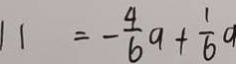
1 1 = - \frac { 4 } { 6 } a + \frac { 1 } { 6 } a